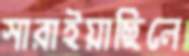
সারাইয়াছিলে